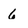
Character: 6